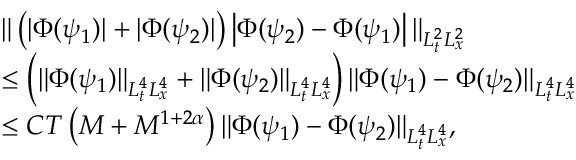
\begin{array} { r l } & { \| \left( | \Phi ( \psi _ { 1 } ) | + | \Phi ( \psi _ { 2 } ) | \right) \left| \Phi ( \psi _ { 2 } ) - \Phi ( \psi _ { 1 } ) \right| \| _ { L _ { t } ^ { 2 } L _ { x } ^ { 2 } } } \\ & { \leq \left( \| \Phi ( \psi _ { 1 } ) \| _ { L _ { t } ^ { 4 } L _ { x } ^ { 4 } } + \| \Phi ( \psi _ { 2 } ) \| _ { L _ { t } ^ { 4 } L _ { x } ^ { 4 } } \right) \| \Phi ( \psi _ { 1 } ) - \Phi ( \psi _ { 2 } ) \| _ { L _ { t } ^ { 4 } L _ { x } ^ { 4 } } } \\ & { \leq C T \left( M + M ^ { 1 + 2 \alpha } \right) \| \Phi ( \psi _ { 1 } ) - \Phi ( \psi _ { 2 } ) \| _ { L _ { t } ^ { 4 } L _ { x } ^ { 4 } } , } \end{array}